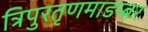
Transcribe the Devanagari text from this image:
त्रिपुरतृणमाडम्बर